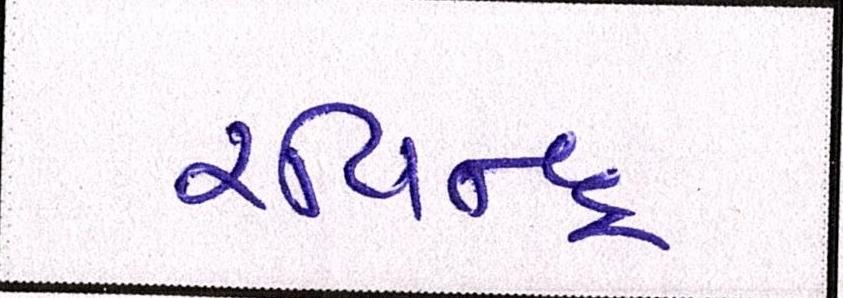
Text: રવિન્દ્ર